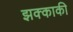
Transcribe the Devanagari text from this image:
झक्काकी